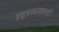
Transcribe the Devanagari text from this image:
उद्पादनकर्ता